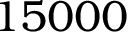
1 5 0 0 0